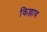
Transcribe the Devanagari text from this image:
किल्लाव